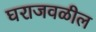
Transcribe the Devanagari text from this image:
घराजवळील